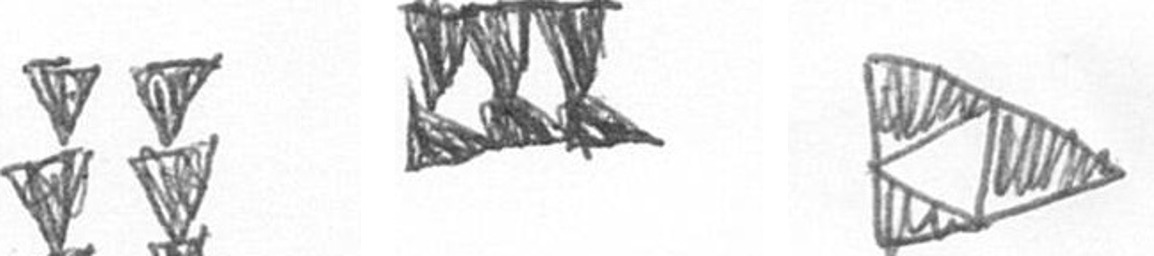
Y D K